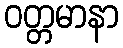
ဝတ္တမာနာ